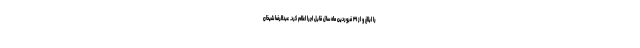
را ابلاغ و از ۳۱ فروردین ماه سال قابل اجرا اعلام کرد. عبدالرضا شیخان